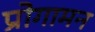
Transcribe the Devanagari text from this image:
प्रोगामन